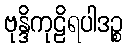
ဗုန္ဒိကုဠိရပါဒဉ္စ